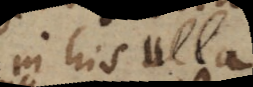
in his ulla